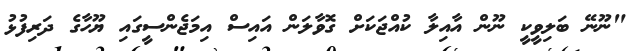
"ނޫނޭ ބަލިވީކީ ނޫން އާއިލާ ކުއްޖަކަށް ގޮވާލަން އައިސް އިމަޖެންސީގައި ޔޫހާގެ ދަރިފުޅު